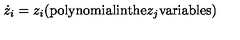
{ \dot { z } } _ { i } = z _ { i } ( \mathrm { p o l y n o m i a l i n t h e } z _ { j } \mathrm { v a r i a b l e s } )